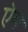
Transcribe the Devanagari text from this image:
ऐमे